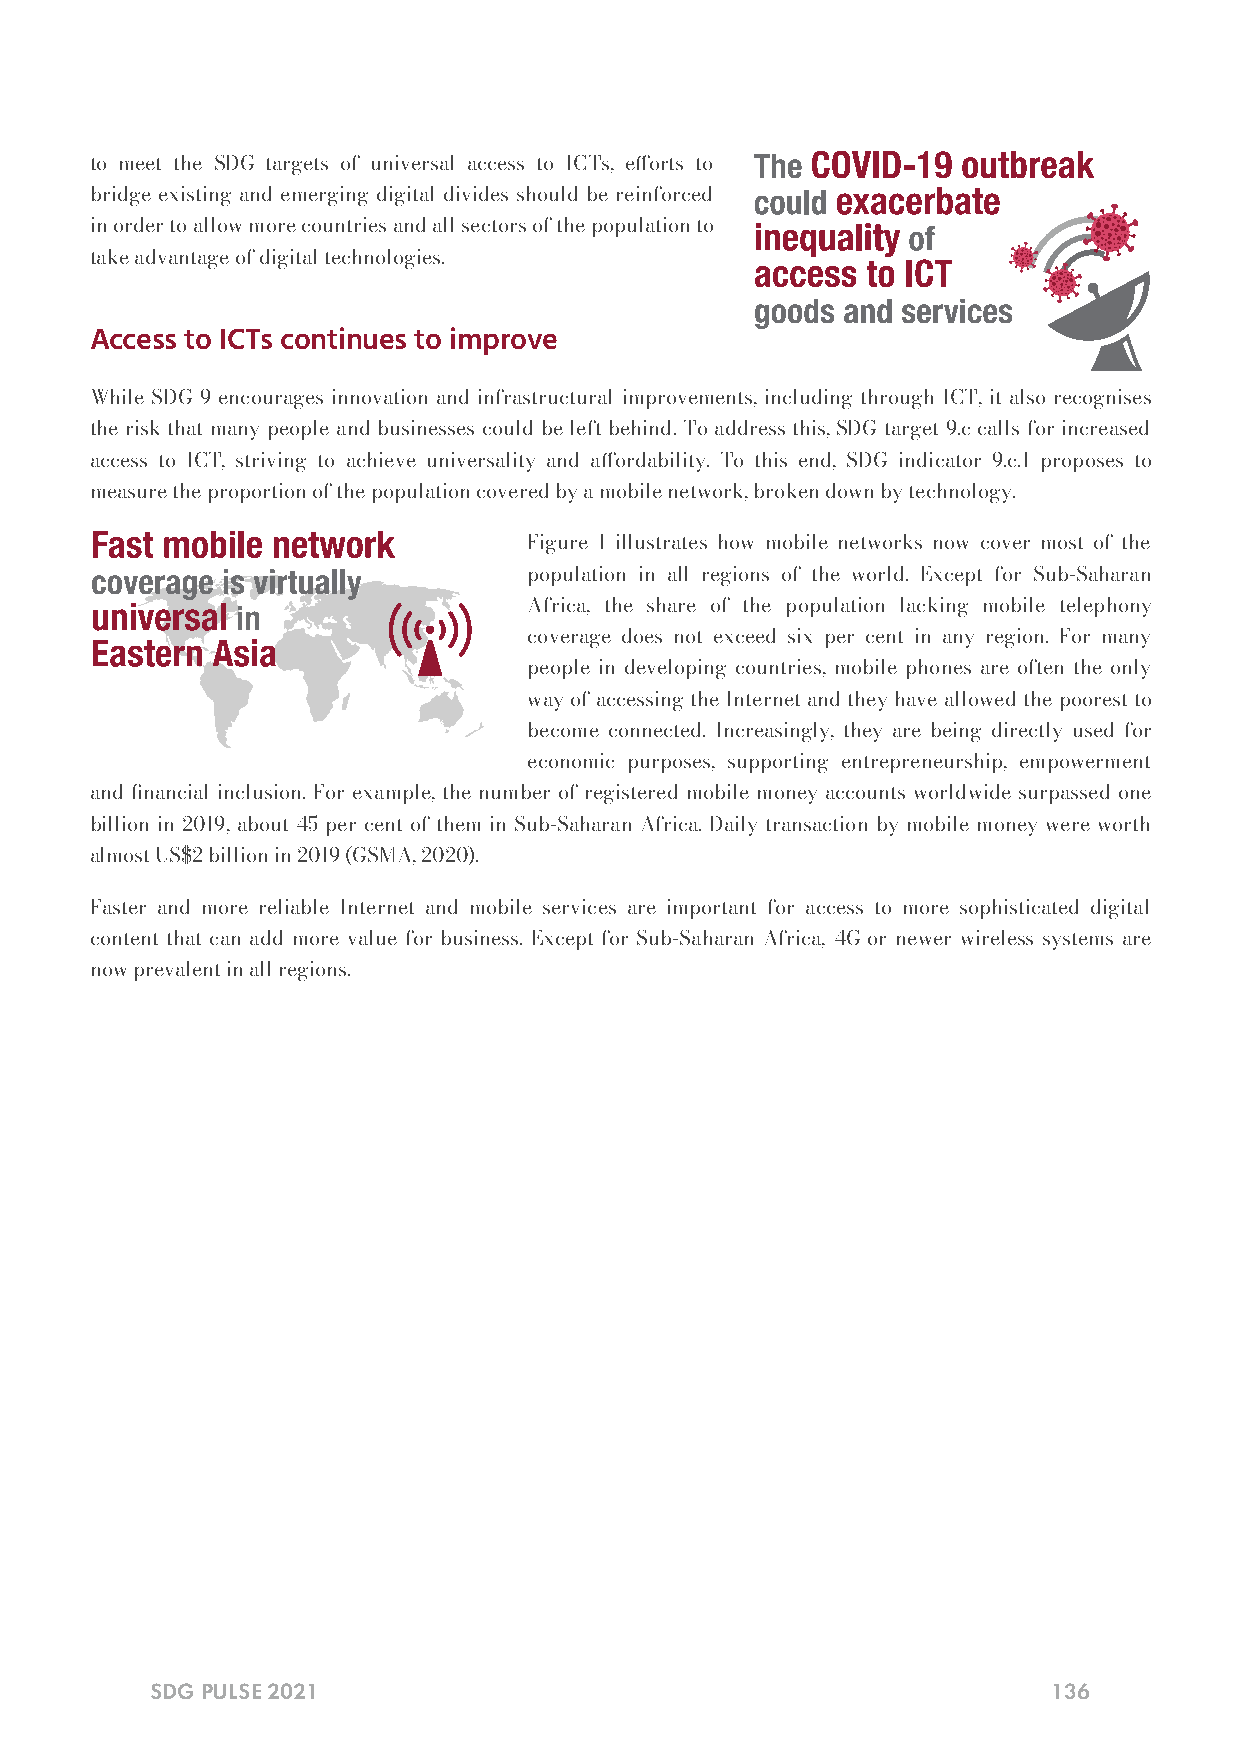
to meet the SDG targets of universal access to ICTs, eorts to
 bridge existing and emerging digital divides should be reinforced
 in order to allow more countries and all sectors of the population to
 take advantage of digital technologies.
 Access to ICTs continues to improve
 While SDG 9 encourages innovation and infrastructural improvements, including through ICT, it also recognises
 the risk that many people and businesses could be left behind. To address this, SDG target 9.c calls for increased
 access to ICT, striving to achieve universality and aordability. To this end, SDG indicator 9.c.1 proposes to
 measure the proportion of the population covered by a mobile network, broken down by technology.
 Figure 1 illustrates how mobile networks now cover most of the
 population in all regions of the world. Except for Sub-Saharan
 Africa, the share of the population lacking mobile telephony
 coverage does not exceed six per cent in any region. For many
 people in developing countries, mobile phones are often the only
 way of accessing the Internet and they have allowed the poorest to
 become connected. Increasingly, they are being directly used for
 economic purposes, supporting entrepreneurship, empowerment
 and nancial inclusion. For example, the number of registered mobile money accounts worldwide surpassed one
 billion in 2019, about 45 per cent of them in Sub-Saharan Africa. Daily transaction by mobile money were worth
 almost US$2 billion in 2019 (GSMA, 2020).
 Faster and more reliable Internet and mobile services are important for access to more sophisticated digital
 content that can add more value for business. Except for Sub-Saharan Africa, 4G or newer wireless systems are
 now prevalent in all regions.
 SDG PULSE 2021                                              136